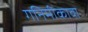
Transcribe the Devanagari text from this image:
गनिमीकावा